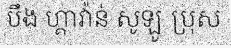
បឹង ហ្គាវ៉ាន់ សូឡូ ប្រុស